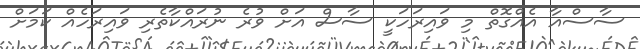
ސާސްއާ އެއްގޮތް މި ވައިރަހަކީ ސާސް އަށް ވުރެ ނުރައްކާތެރި ވައިރަހެއް ކަމަށް